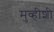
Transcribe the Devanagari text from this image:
मुव्हीशी